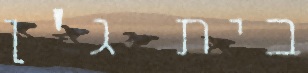
בית ג'ן